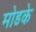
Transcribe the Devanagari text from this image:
मोडके